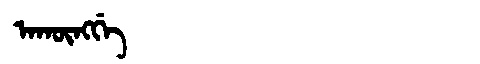
Manchu: ᠠᡴᡡᠩᡤᡝ
Romanization: AKŪNGGE